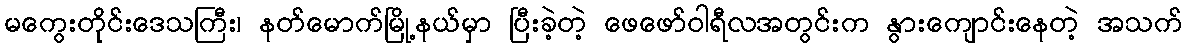
မကွေးတိုင်းဒေသကြီး၊ နတ်မောက်မြို့နယ်မှာ ပြီးခဲ့တဲ့ ဖေဖော်ဝါရီလအတွင်းက နွားကျောင်းနေတဲ့ အသက်